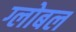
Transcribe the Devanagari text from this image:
ग्लोबल